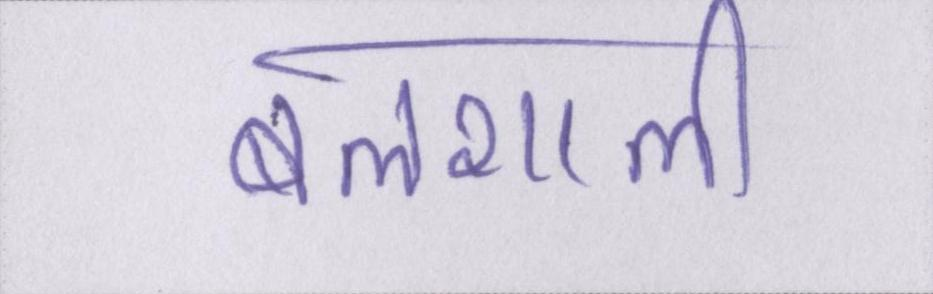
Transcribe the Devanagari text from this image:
बलशाली